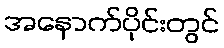
အနောက်ပိုင်းတွင်